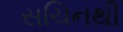
સચિનથી